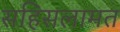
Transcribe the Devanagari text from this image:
सहिसलामत